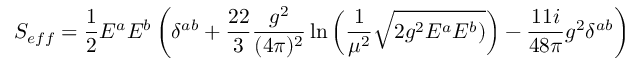
S _ { e f f } = \frac { 1 } { 2 } E ^ { a } E ^ { b } \left( \delta ^ { a b } + \frac { 2 2 } { 3 } \frac { g ^ { 2 } } { ( 4 \pi ) ^ { 2 } } \ln \left( \frac { 1 } { \mu ^ { 2 } } \sqrt { 2 g ^ { 2 } E ^ { a } E ^ { b } ) } \right) - \frac { 1 1 i } { 4 8 \pi } g ^ { 2 } \delta ^ { a b } \right)